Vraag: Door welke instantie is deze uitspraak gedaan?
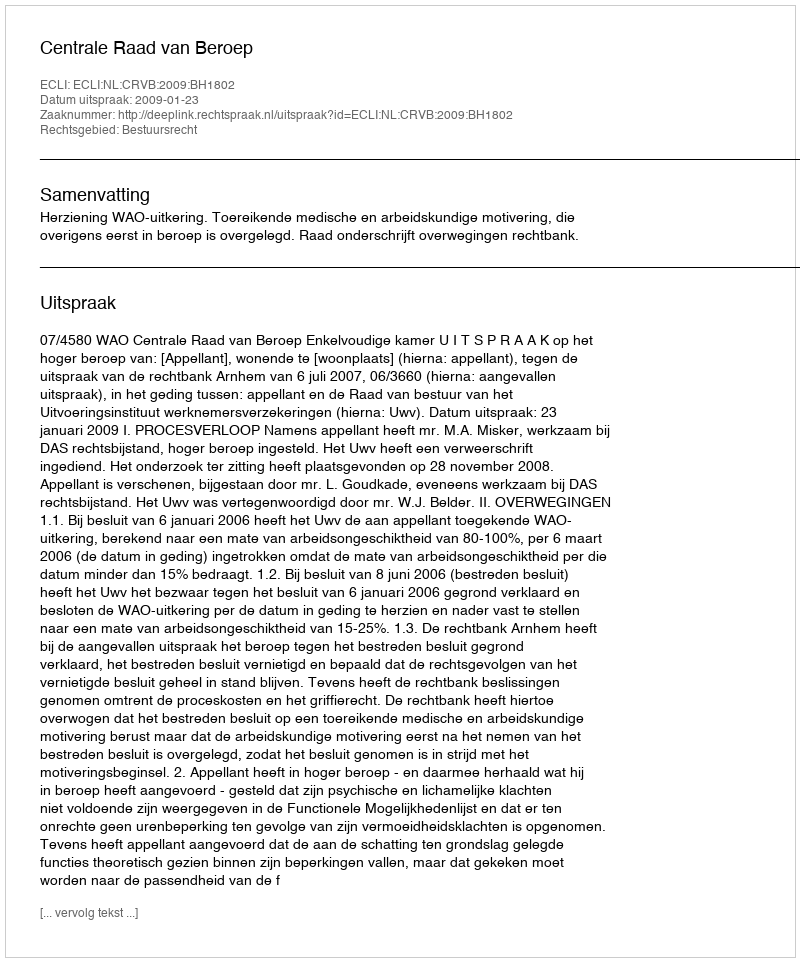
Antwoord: Centrale Raad van Beroep